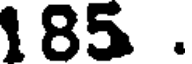
185 .